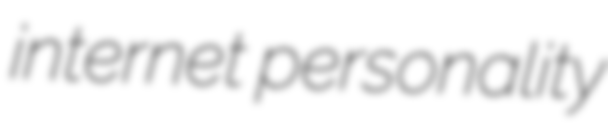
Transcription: internet personality